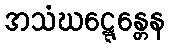
အသံဃဋ္ဋေန္တေန